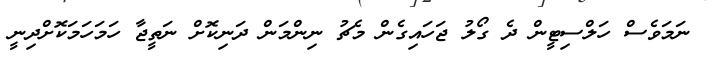
ނަމަވެސް ހަލްސިޓީން ދެ ގޯލު ޖަހައިގެން މެޗު ނިންމަން ދަނިކޮށް ނަތީޖާ ހަމަހަމަކޮށްދިނީ